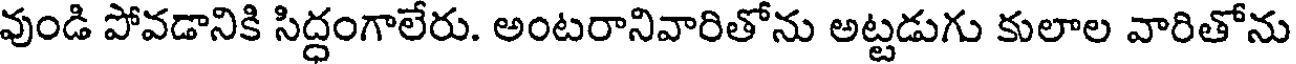
వుండి పోవడానికి సిద్ధంగాలేరు. అంటరానివారితోను అట్టడుగు కులాల వారితోను